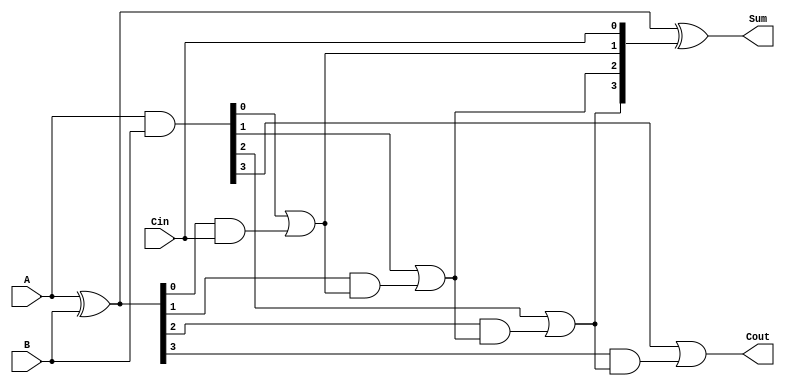
module RCA_4bit (
    input [3:0] A,
    input [3:0] B,
    input Cin,
    output [3:0] Sum,
    output Cout
);
    wire [3:0] G, P;
    wire [4:0] C;

    assign G = A & B; // Generate
    assign P = A ^ B; // Propagate
    assign C[0] = Cin;

    // Carry generation
    assign C[1] = G[0] | (P[0] & C[0]);
    assign C[2] = G[1] | (P[1] & C[1]);
    assign C[3] = G[2] | (P[2] & C[2]);
    assign C[4] = G[3] | (P[3] & C[3]);

    // Sum calculation
    assign Sum = P ^ C[3:0];
    assign Cout = C[4];

endmodule